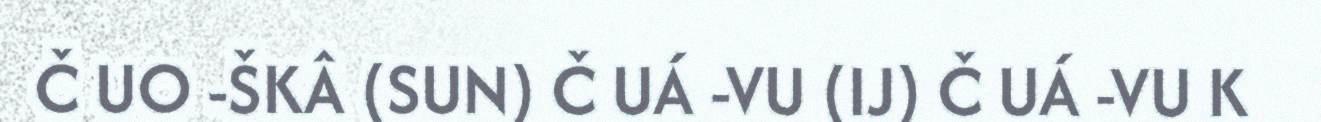
Č UO -ŠKÂ (SUN) Č UÁ -VU (IJ) Č UÁ -VU K